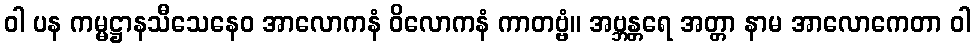
ဝါ ပန ကမ္မဋ္ဌာနသီသေနေဝ အာလောကနံ ဝိလောကနံ ကာတဗ္ဗံ။ အဗ္ဘန္တရေ အတ္တာ နာမ အာလောကေတာ ဝါ